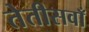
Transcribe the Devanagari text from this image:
तेतीसवाँ